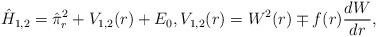
LaTeX: \begin{align*} \hat{H}_{1,2} = \hat{\pi}_r^2 + V_{1,2}(r) + E_0, V_{1,2}(r) = W^2(r) \mp f(r) \frac{dW}{dr}, \end{align*}